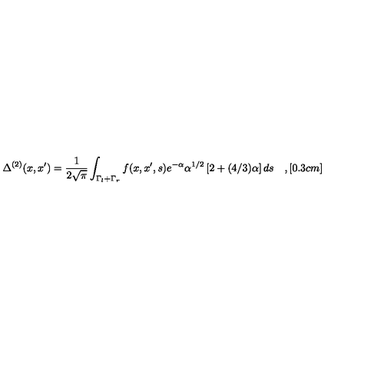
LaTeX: \Delta ^ { ( 2 ) } ( x , x ^ { \prime } ) = \frac { 1 } { 2 \sqrt { \pi } } \int _ { \Gamma _ { l } + \Gamma _ { r } } f ( x , x ^ { \prime } , s ) e ^ { - \alpha } \alpha ^ { 1 / 2 } \left[ 2 + ( 4 / 3 ) \alpha \right] d s \quad , [ 0 . 3 c m ]